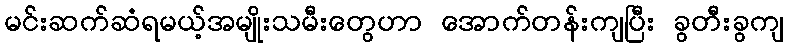
မင်းဆက်ဆံရမယ့်အမျိုးသမီးတွေဟာ အောက်တန်းကျပြီး ခွတီးခွကျ